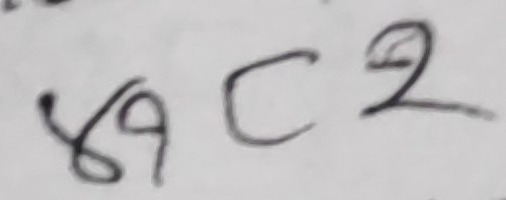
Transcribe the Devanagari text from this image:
४९ C २